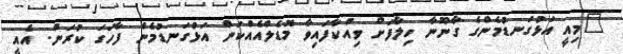
"މިއީ އަޅުގަނޑުމެންގެ ގާނޫނާ ހިލާފަށް ވިއްކާފައިވާ މޮޑެލްއެއްކަން އަޅުގަނޑުމެން ފާހަގަ ކުރަން. އެއީ